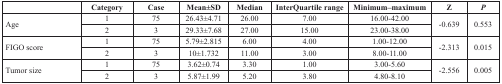
<table><thead><tr><td></td><td><b>Category</b></td><td><b>Case</b></td><td><b>Mean±SD</b></td><td><b>Median</b></td><td><b>InterQuartile range</b></td><td><b>Minimum–maximum</b></td><td><b>Z</b></td><td><b><i>P</i></b></td></tr></thead><tbody><tr><td rowspan="2">Age</td><td>1</td><td>75</td><td>26.43±4.71</td><td>26.00</td><td>7.00</td><td>16.00-42.00</td><td rowspan="2">−0.639</td><td rowspan="2">0.553</td></tr><tr><td>2</td><td>3</td><td>29.33±7.68</td><td>27.00</td><td>15.00</td><td>23.00-38.00</td></tr><tr><td rowspan="2">FIGO score</td><td>1</td><td>75</td><td>5.79±2.815</td><td>6.00</td><td>4.00</td><td>1.00-12.00</td><td rowspan="2">−2.313</td><td rowspan="2">0.015</td></tr><tr><td>2</td><td>3</td><td>10±1.732</td><td>11.00</td><td>3.00</td><td>8.00-11.00</td></tr><tr><td rowspan="2">Tumor size</td><td>1</td><td>75</td><td>3.62±0.74</td><td>3.30</td><td>1.00</td><td>3.00-5.60</td><td rowspan="2">−2.556</td><td rowspan="2">0.005</td></tr><tr><td>2</td><td>3</td><td>5.87±1.99</td><td>5.20</td><td>3.80</td><td>4.80-8.10</td></tr></tbody></table>